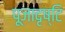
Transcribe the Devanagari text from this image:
पूजादृष्टि